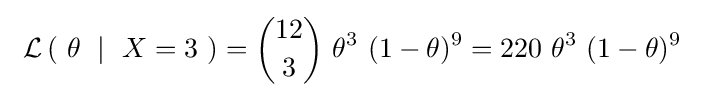
\ \operatorname {\mathcal {L}} \left(\ \theta \ \mid \ X=3\ \right)={\binom {12}{3}}~\theta ^{3}\ (1-\theta )^{9}=220\ \theta ^{3}\ (1-\theta )^{9}\